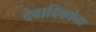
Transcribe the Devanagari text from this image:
देवादिकांना